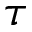
\tau